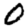
Digit: 0